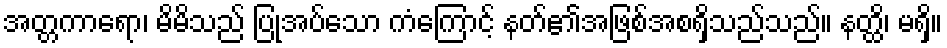
အတ္တကာရော၊ မိမိသည် ပြုအပ်သော ကံကြောင့် နတ်၏အဖြစ်အစရှိသည်သည်။ နတ္ထိ၊ မရှိ။